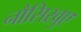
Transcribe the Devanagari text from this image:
नौसिखुए